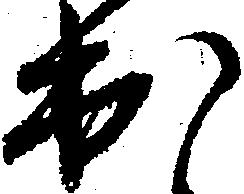
出